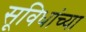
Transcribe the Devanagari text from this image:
सूविधांच्या